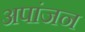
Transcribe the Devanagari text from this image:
अपांजन